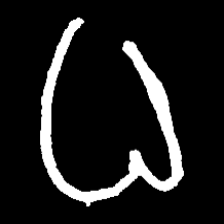
Pyu character \u2014 Myanmar letter: ဓ (romanized: dha)